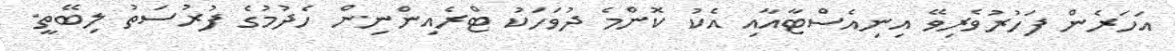
އަހަރެން ފަހުރުވެރިވޭ އިނިއެސްޓާއާއި އެކު ކޮންމެ ދުވަހަކު ޓްރެއިންނިން ހެދުމުގެ ފުރުސަތު ލިބޭތީ.